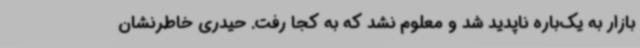
بازار به یک‌باره ناپدید شد و معلوم نشد که به کجا رفت. حیدری خاطرنشان